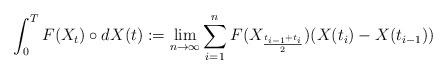
LaTeX: \begin{align*} \int_0^T F(X_{t}) \circ dX(t) := \lim_{n\rightarrow \infty} \sum_{i=1}^{n} F(X_{\frac{t_{i-1}+t_{i}}{2}})(X(t_{i})-X(t_{i-1})) \end{align*}